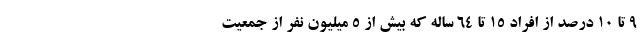
۹ تا ۱۰ درصد از افراد ۱۵ تا ۶۴ ساله که بیش از ۵ میلیون نفر از جمعیت